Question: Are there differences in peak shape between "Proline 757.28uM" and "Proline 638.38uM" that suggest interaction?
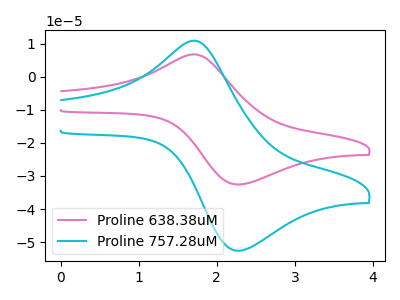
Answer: <think>The pink curve "Proline 638.38uM" has an anodic peak at (1.70V, 6.75uA) and a cathodic peak at (2.30V, -32.60uA). The cyan curve "Proline 757.28uM" has an anodic peak at (1.70V, 10.85uA) and a cathodic peak at (2.30V, -52.60uA).
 All the peaks in "Proline 757.28uM" have a peak in "Proline 638.38uM" at the same potential. Every peak in "Proline 757.28uM" is higher than every peak in "Proline 638.38uM".</think>
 <answer>No, "Proline 757.28uM" and "Proline 638.38uM" don't appear to be significantly different in shape</answer>
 <eval>no_change</eval>